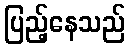
ပြည့်နေသည်